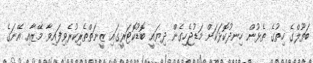
ބަތޫލްގެ ހިތުގެ ތެޅުން ހިނދުކޮޅަކަށް މަޑުޖެހިގެން ދިޔައީ ބޮޑުކޮޓަރީގައި ޒީނަތްތެރިކުރެވިފައިވާ މޭޒާއި އޭނަގެ